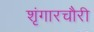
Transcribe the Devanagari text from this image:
शृंगारचौरी